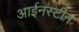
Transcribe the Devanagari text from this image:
आईनस्टीन